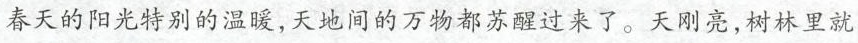
春天的阳光特别的温暖，天地间的万物都苏醒过来了。天刚亮，树林里就